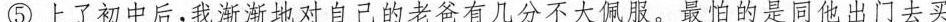
⑤我渐对自己的老爸有几分不大佩服。最怕的是同他出门去买